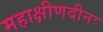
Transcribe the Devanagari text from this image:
महाक्षीणदीनः